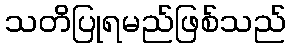
သတိပြုရမည်ဖြစ်သည်